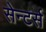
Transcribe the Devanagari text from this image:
सेन्टर्स